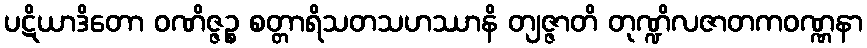
ပဋိယာဒိတော ဝဏိဇ္ဇဉ္စ စတ္တာရိသတသဟဿာနိ တျဇ္ဇာတိ တုဏ္ဍိလဇာတကဝဏ္ဏနာ